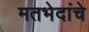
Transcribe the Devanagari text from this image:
मतभेदांचे